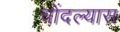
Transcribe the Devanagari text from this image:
चोंदल्यास